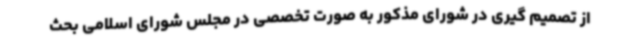
از تصمیم گیری در شورای مذکور به صورت تخصصی در مجلس شورای اسلامی بحث